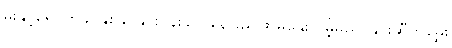
မိုးနှင့်ရေ၊ တခိုင်နှစ်ခိုင်နှင်းပန်းခိုင်၊ နေခြည်ဖြာမှနွေးလိမ့်မည်၊ နှင်းဆီကမွှေး